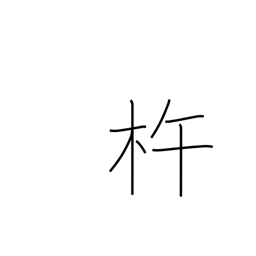
Meaning: wooden pestle